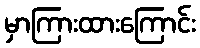
မှာကြားထားကြောင်း